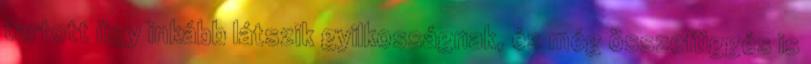
tartott ügy inkább látszik gyilkosságnak, és még összefüggés is